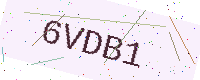
Text: 6VDB1